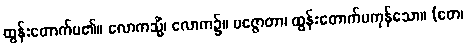
ထွန်းတောက်ပ၏။ လောကသ္မိံ၊ လောက၌။ ပဇ္ဇောတာ၊ ထွန်းတောက်ပကုန်သော။ (တေ၊